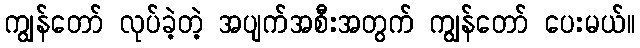
ကျွန်တော် လုပ်ခဲ့တဲ့ အပျက်အစီးအတွက် ကျွန်တော် ပေးမယ်။